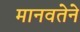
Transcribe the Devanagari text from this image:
मानवतेने